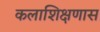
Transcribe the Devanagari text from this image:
कलाशिक्षणास